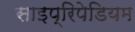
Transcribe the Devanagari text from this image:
साइप्रिपेडियम